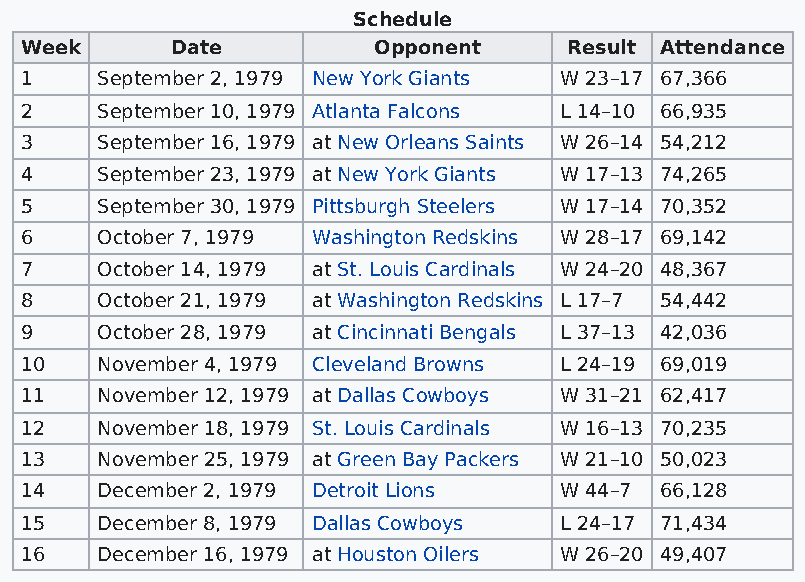
Schedule
 Week      Date          Opponent     Result Attendance
 1    September 2, 1979 New York Giants W 23–17 67,366
 2    September 10, 1979 Atlanta Falcons L 14–10 66,935
 3    September 16, 1979 at New Orleans Saints W 26–14 54,212
 4    September 23, 1979 at New York Giants W 17–13 74,265
 5    September 30, 1979 Pittsburgh Steelers W 17–14 70,352
 6    October 7, 1979 Washington Redskins W 28–17 69,142
 7    October 14, 1979 at St. Louis Cardinals W 24–20 48,367
 8    October 21, 1979 at Washington Redskins L 17–7 54,442
 9    October 28, 1979 at Cincinnati Bengals L 37–13 42,036
 10   November 4, 1979 Cleveland Browns L 24–19 69,019
 11   November 12, 1979 at Dallas Cowboys W 31–21 62,417
 12   November 18, 1979 St. Louis Cardinals W 16–13 70,235
 13   November 25, 1979 at Green Bay Packers W 21–10 50,023
 14   December 2, 1979 Detroit Lions W 44–7 66,128
 15   December 8, 1979 Dallas Cowboys L 24–17 71,434
 16   December 16, 1979 at Houston Oilers W 26–20 49,407